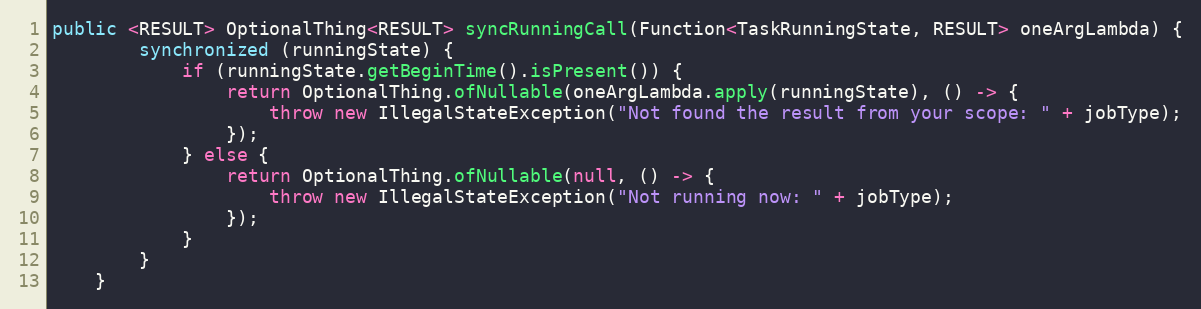
Language: Java
public <RESULT> OptionalThing<RESULT> syncRunningCall(Function<TaskRunningState, RESULT> oneArgLambda) {
        synchronized (runningState) {
            if (runningState.getBeginTime().isPresent()) {
                return OptionalThing.ofNullable(oneArgLambda.apply(runningState), () -> {
                    throw new IllegalStateException("Not found the result from your scope: " + jobType);
                });
            } else {
                return OptionalThing.ofNullable(null, () -> {
                    throw new IllegalStateException("Not running now: " + jobType);
                });
            }
        }
    }